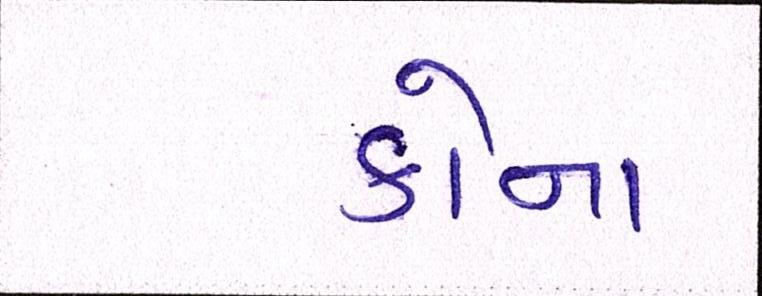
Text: કોના